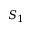
S _ { 1 }